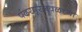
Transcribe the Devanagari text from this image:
पंढरपूरजवळच्या